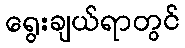
ရွေးချယ်ရာတွင်